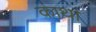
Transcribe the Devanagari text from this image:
काथा